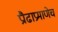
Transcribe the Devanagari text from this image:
प्रौढाप्रमाणेच